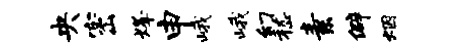
央密烽申峨峨幻嵇素僻烟